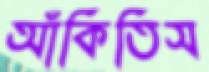
আঁকিতিস